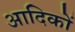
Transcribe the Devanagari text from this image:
आदिकों